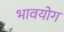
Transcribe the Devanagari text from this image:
भावयोग